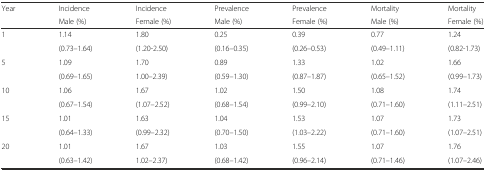
<table><thead><tr><td rowspan="2"><b>Year</b></td><td><b>Incidence</b></td><td><b>Incidence</b></td><td><b>Prevalence</b></td><td><b>Prevalence</b></td><td><b>Mortality</b></td><td><b>Mortality</b></td></tr><tr><td><b>Male (%)</b></td><td><b>Female (%)</b></td><td><b>Male (%)</b></td><td><b>Female (%)</b></td><td><b>Male (%)</b></td><td><b>Female (%)</b></td></tr></thead><tbody><tr><td rowspan="2">1</td><td>1.14</td><td>1.80</td><td>0.25</td><td>0.39</td><td>0.77</td><td>1.24</td></tr><tr><td>(0.73–1.64)</td><td>(1.20-2.50)</td><td>(0.16–0.35)</td><td>(0.26–0.53)</td><td>(0.49–1.11)</td><td>(0.82-1.73)</td></tr><tr><td rowspan="2">5</td><td>1.09</td><td>1.70</td><td>0.89</td><td>1.33</td><td>1.02</td><td>1.66</td></tr><tr><td>(0.69–1.65)</td><td>1.00–2.39)</td><td>(0.59–1.30)</td><td>(0.87–1.87)</td><td>(0.65–1.52)</td><td>(0.99–1.73)</td></tr><tr><td rowspan="2">10</td><td>1.06</td><td>1.67</td><td>1.02</td><td>1.50</td><td>1.08</td><td>1.74</td></tr><tr><td>(0.67–1.54)</td><td>(1.07–2.52)</td><td>(0.68–1.54)</td><td>(0.99–2.10)</td><td>(0.71–1.60)</td><td>(1.11–2.51)</td></tr><tr><td rowspan="2">15</td><td>1.01</td><td>1.63</td><td>1.04</td><td>1.53</td><td>1.07</td><td>1.73</td></tr><tr><td>(0.64–1.33)</td><td>(0.99–2.32)</td><td>(0.70–1.50)</td><td>(1.03–2.22)</td><td>(0.71–1.60)</td><td>(1.07–2.51)</td></tr><tr><td rowspan="2">20</td><td>1.01</td><td>1.67</td><td>1.03</td><td>1.55</td><td>1.07</td><td>1.76</td></tr><tr><td>(0.63–1.42)</td><td>1.02–2.37)</td><td>(0.68–1.42)</td><td>(0.96–2.14)</td><td>(0.71–1.46)</td><td>(1.07–2.46)</td></tr></tbody></table>